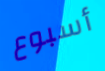
أسبوع